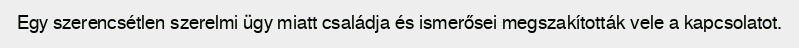
Egy szerencsétlen szerelmi ügy miatt családja és ismerősei megszakították vele a kapcsolatot.